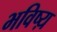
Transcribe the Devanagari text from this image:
भविष्य़